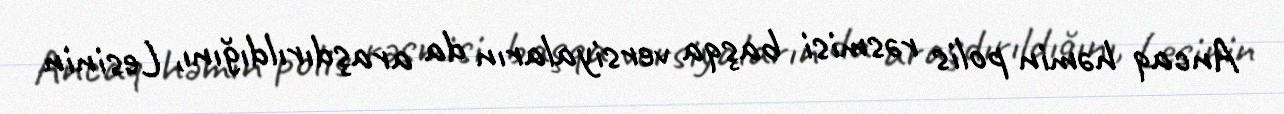
Ancaq həmin polis rəsmisi başqa versiyaların da araşdırıldığını, Lesinin